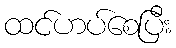
ထင်ဟပ်စေပြီး